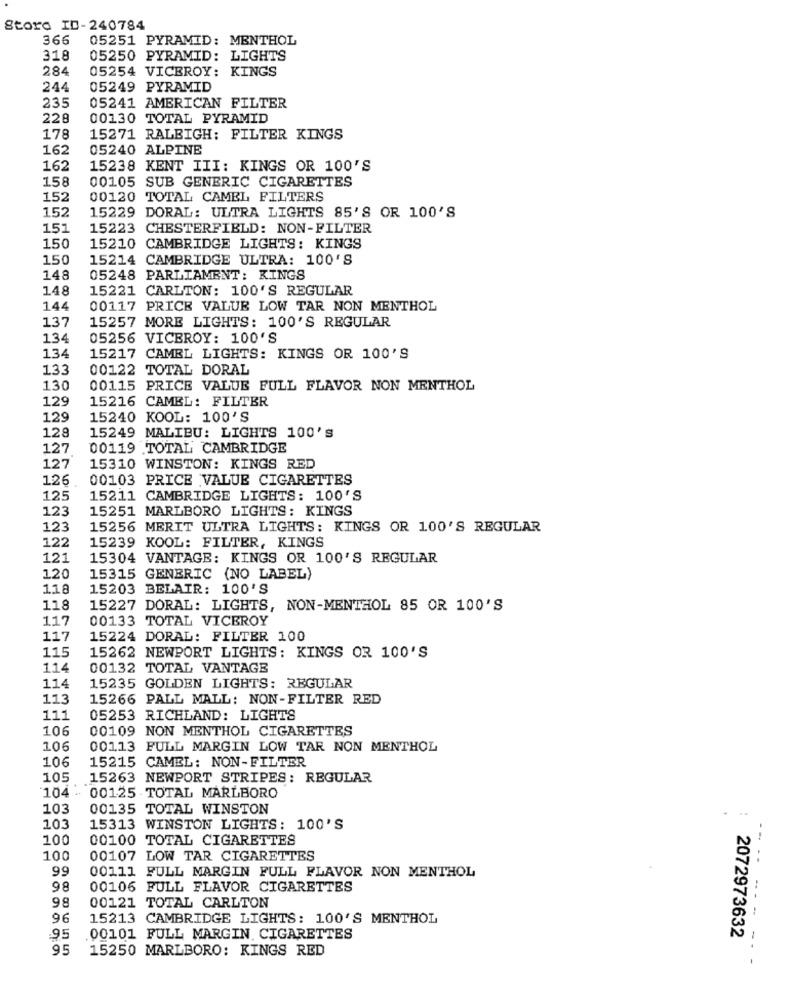
Stord ID-240784
366
05251 PYRAMID: MENTHOL
318
05250 PYRAMID: LIGHTS
284
05254 VICEROY: KINGS
244
05249 PYRAMID
235
05241 AMERICAN FILTER
228
00130 TOTAL PYRAMID
178
15271 RALEIGH: FILTER KINGS
162
05240 ALPINE
162
15238 KENT III: KINGS OR 100'S
158
00105 SUB GENERIC CIGARETTES
152
00120 TOTAL CAMEL FILTERS
152
15229 DORAL: ULTRA LIGHTS 85'S OR 100'S
151
15223 CHESTERFIELD: NON-FILTER
150
15210 CAMBRIDGE LIGHTS: KINGS
150
15214 CAMBRIDGE ULTRA: 100'S
148
05248 PARLIAMENT: KINGS
148
15221 CARLTON: 100'S REGULAR
144
00117 PRICE VALUE LOW TAR NON MENTHOL
137
15257 MORE LIGHTS: 100'S REGULAR
134
05256 VICEROY: 100'S
134
15217 CAMEL LIGHTS: KINGS OR 100'S
133
00122 TOTAL DORAL
130
00115 PRICE VALUE FULL FLAVOR NON MENTHOL
129
15216 CAMEL: FILTER
129
15240 KOOL: 100'S
128
15249 MALIBU: LIGHTS 100's
127
00119 TOTAL CAMBRIDGE
127
15310 WINSTON: KINGS RED
126
00103 PRICE VALUE CIGARETTES
125
15211 CAMBRIDGE LIGHTS: 100'S
123
15251 MARLBORO LIGHTS: KINGS
123
15256 MERIT ULTRA LIGHTS: KINGS OR 100'S REGULAR
122
15239 KOOL: FILTER, KINGS
121
15304 VANTAGE: KINGS OR 100'S REGULAR
120
15315 GENERIC (NO LABEL)
118
15203 BELAIR: 100'S
118
15227 DORAL: LIGHTS, NON-MENTHOL 85 OR 100'S
117
00133 TOTAL VICEROY
117
15224 DORAL: FILTER 100
115
15262 NEWPORT LIGHTS: KINGS OR 100'S
114
00132 TOTAL VANTAGE
114
15235 GOLDEN LIGHTS: REGULAR
113
15266 PALL MALL: NON-FILTER RED
111
05253 RICHLAND: LIGHTS
106
00109 NON MENTHOL CIGARETTES
106
00113 FULL MARGIN LOW TAR NON MENTHOL
15215 CAMEL: NON-FILTER
106
105
15263 NEWPORT STRIPES: REGULAR
104 - 001.25 TOTAL MARLBORO
103
00135 TOTAL WINSTON
103
15313 WINSTON LIGHTS: 100'S
100
00100 TOTAL CIGARETTES
100
00107 LOW TAR CIGARETTES
99
00111 FULL MARGIN FULL FLAVOR NON MENTHOL
98
00106 FULL FLAVOR CIGARETTES
98
-- -
00121 TOTAL CARLTON
96
15213 CAMBRIDGE LIGHTS: 100'S MENTHOL
. -
95
.00101 FULL MARGIN. CIGARETTES
2072973632
-
95
15250 MARLBORO: KINGS RED